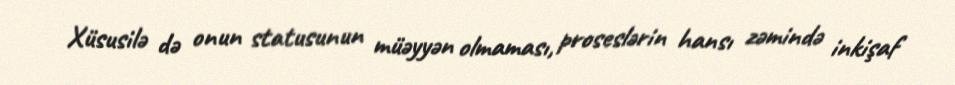
Xüsusilə də onun statusunun müəyyən olmaması, proseslərin hansı zəmində inkişaf